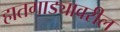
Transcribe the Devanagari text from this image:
हातगाड्यावरील